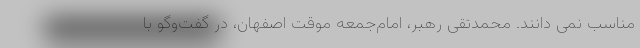
مناسب نمی دانند. محمدتقی رهبر، امام‌جمعه موقت اصفهان، در گفت‌وگو با